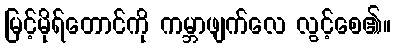
မြင့်မိုရ်တောင်ကို ကမ္ဘာဖျက်လေ လွင့်စေ၏။